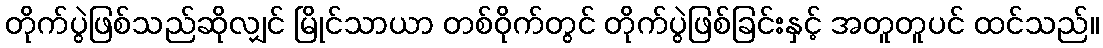
တိုက်ပွဲဖြစ်သည်ဆိုလျှင် မြိုင်သာယာ တစ်ဝိုက်တွင် တိုက်ပွဲဖြစ်ခြင်းနှင့် အတူတူပင် ထင်သည်။